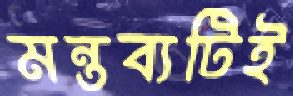
মন্তব্যটিই